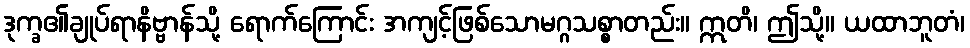
ဒုက္ခ၏ချုပ်ရာနိဗ္ဗာန်သို့ ရောက်ကြောင်း အကျင့်ဖြစ်သောမဂ္ဂသစ္စာတည်း။ ဣတိ၊ ဤသို့။ ယထာဘူတံ၊